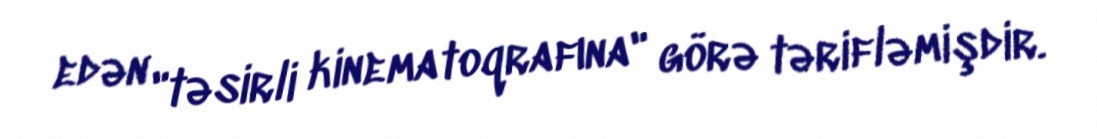
edən "təsirli kinematoqrafına" görə tərifləmişdir.